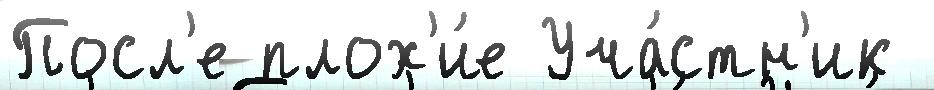
Посл'е плох'и́е Уча́стн'ик